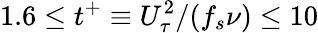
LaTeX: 1.6\leq t^{+}\equiv U_{\tau}^{2}/(f_{s}\nu)\leq 10